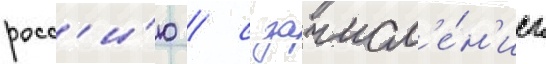
росс'и́ю / с зачисл'е́н'ием